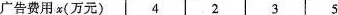
广告费用x（万元） 4 2 3 5